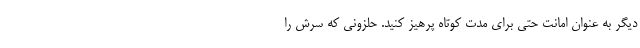
دیگر به عنوان امانت حتی برای مدت کوتاه پرهیز کنید. حلزونی که سرش را